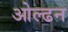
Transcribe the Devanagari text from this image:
ओल्ढन